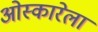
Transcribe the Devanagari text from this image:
ओस्कारेला